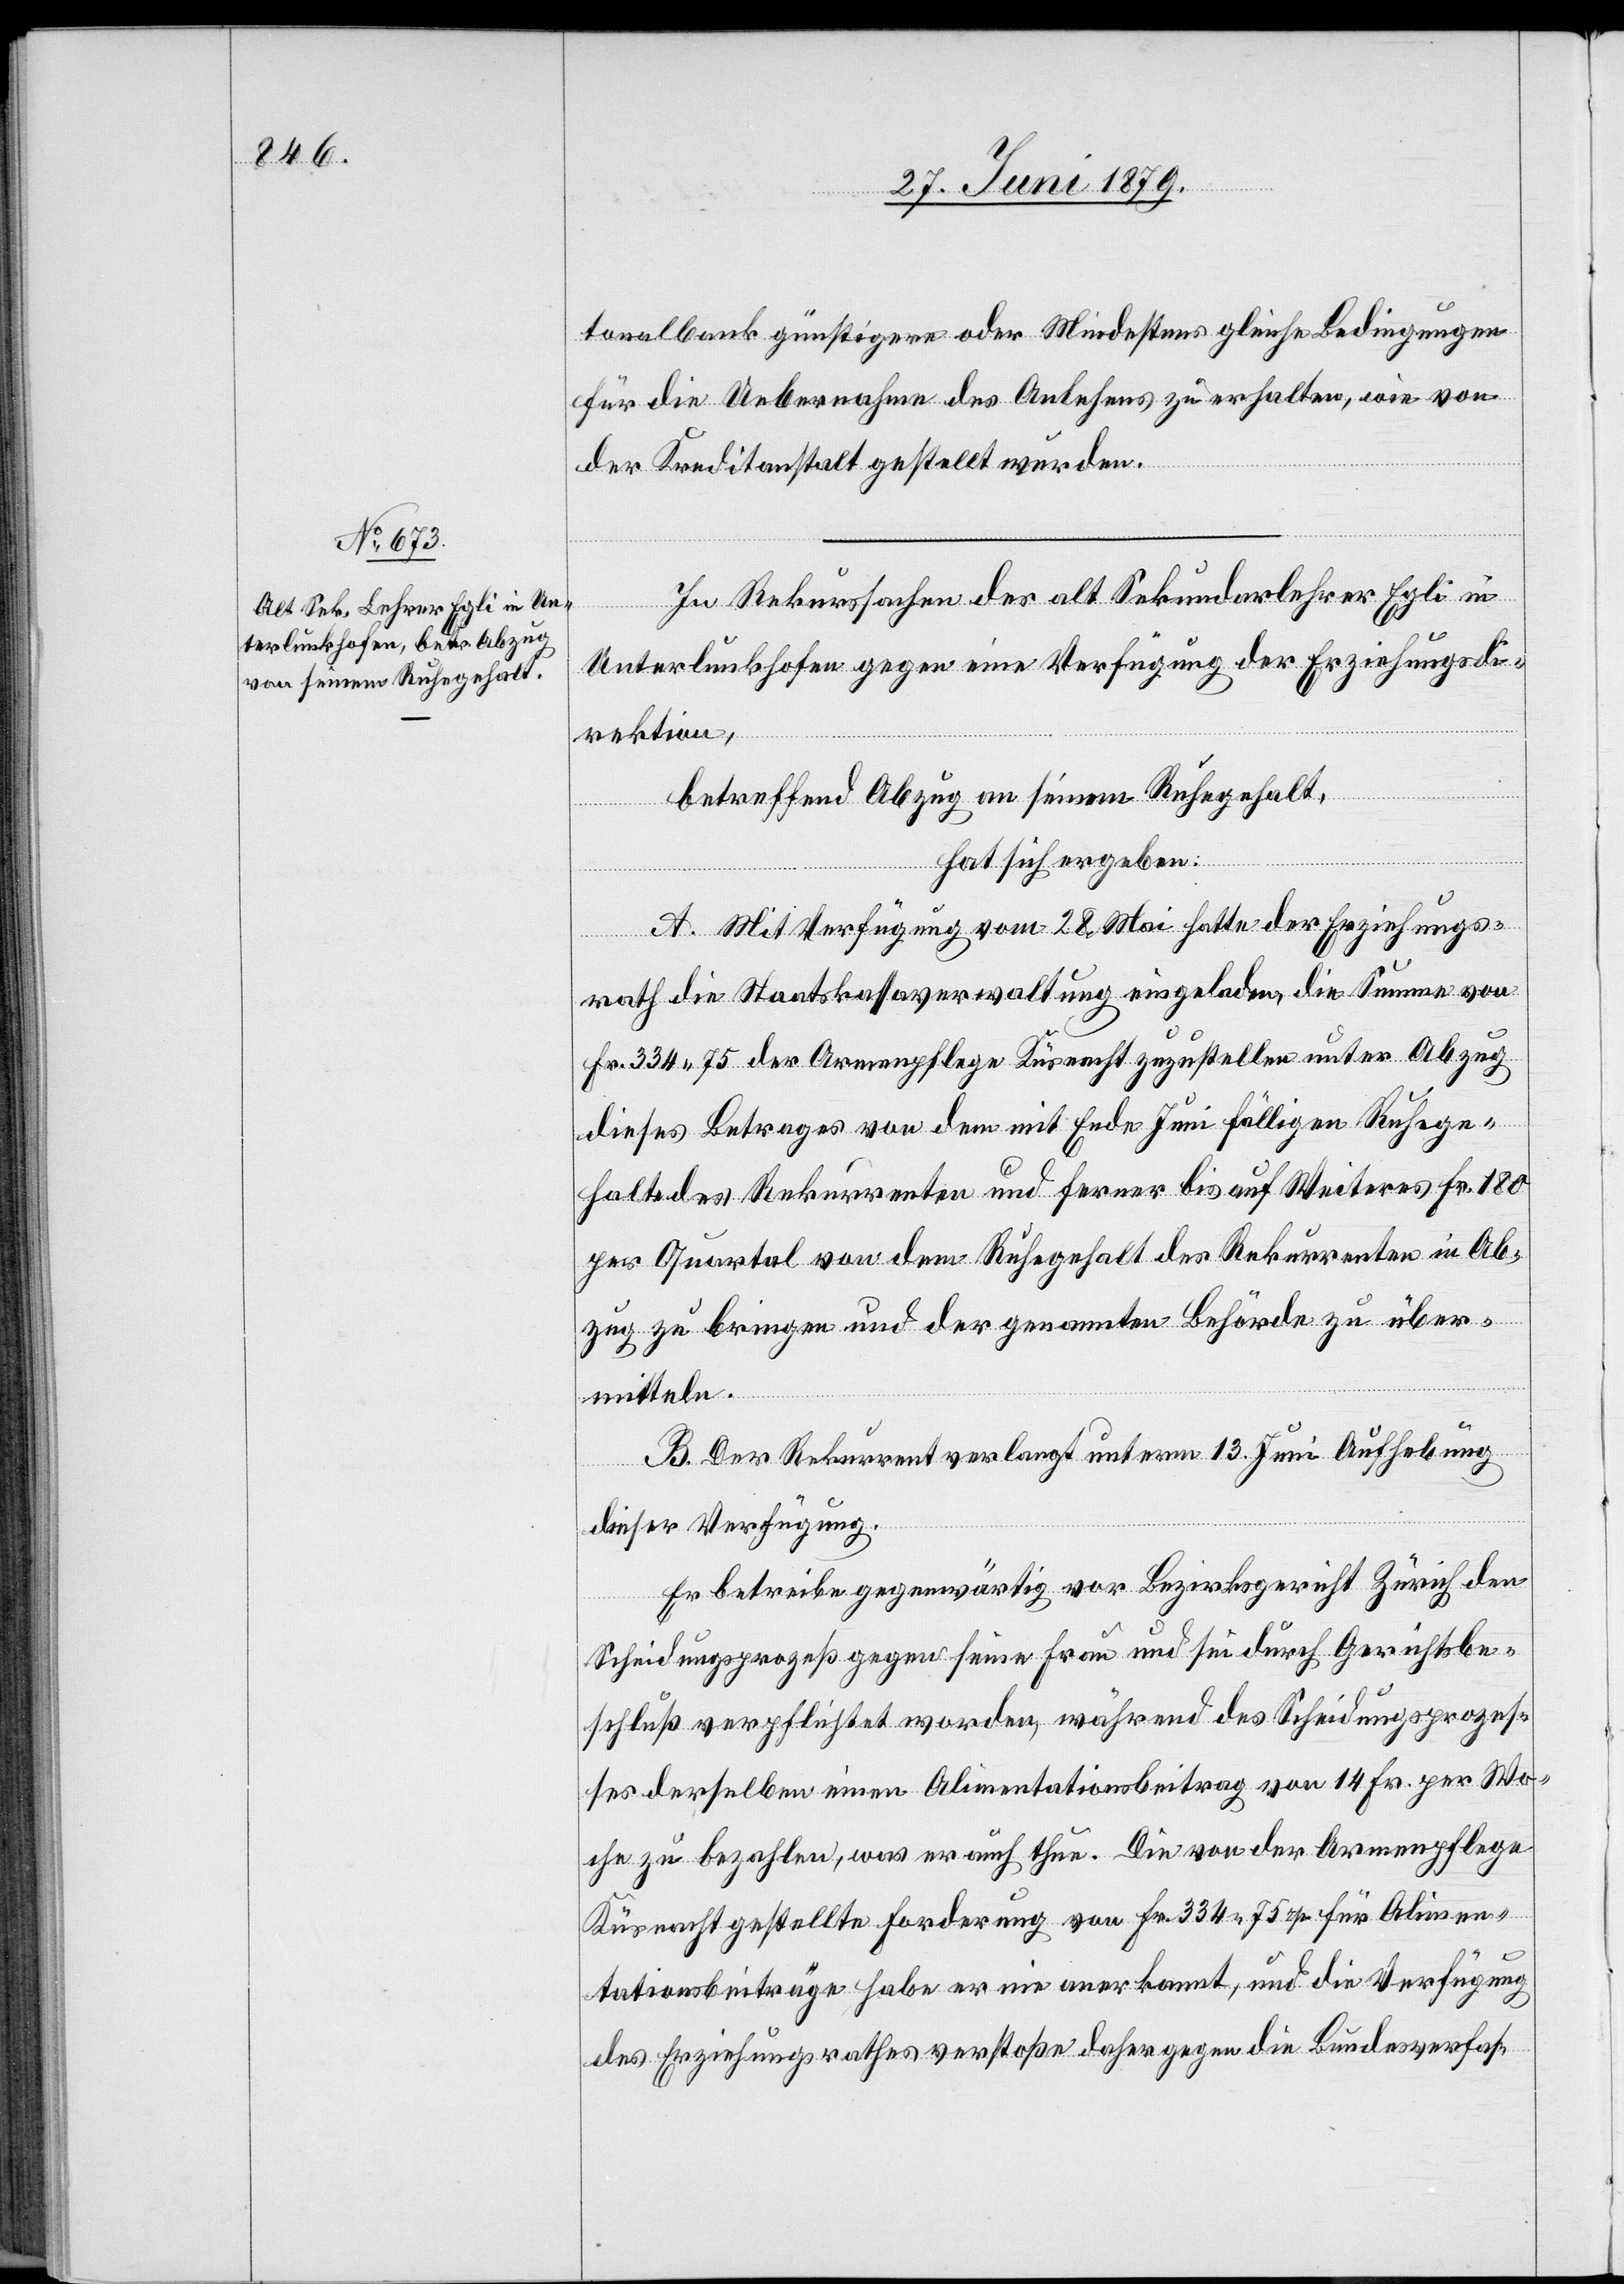
tonalbank günstigere oder Mindestens [sic!] gleiche Bedingungen
für die Uebernahme des Anlehens zu erhalten, wie von
der Kreditanstalt gestellt wurden.
In Rekurssachen des alt Sekundarlehrer Egli in
Unterlunkhofen gegen eine Verfügung der Erziehungsdi¬
rektion,
betreffend Abzug an seinem Ruhegehalt,
hat sich ergeben:
A. Mit Verfügung vom 28. Mai hatte der Erziehungs¬
rath die Staatskassaverwaltung eingeladen, die Summe von
Fr. 334 75 der Armenpflege Küsnacht zuzustellen unter Abzug
dieses Betrages von dem mit Ende Juni fälligen Ruhege¬
halte des Rekurrenten und ferner bis auf Weiteres Fr. 180
per Quartal von dem Ruhegehalt des Rekurrenten in Ab¬
zug zu bringen und der genannten Behörde zu über¬
mitteln.
B. Der Rekurrent verlangt unterm 13. Juni Aufhebung
dieser Verfügung.
Er betreibe gegenwärtig vor Bezirksgericht Zürich den
Scheidungsprozeß gegen seine Frau und sei durch Gerichtsbe¬
schluß verpflichtet worden, während des Scheidungsprozes¬
ses derselben einen Alimentationsbeitrag von 14 Fr. per Wo¬
che zu bezahlen, was er auch thue. Die von der Armenpflege
Küsnacht gestellte Forderung von Fr. 334 75 rp. für Alimen¬
tationsbeiträge habe er nie anerkannt, und die Verfügung
des Erziehungsrathes verstoße daher gegen die Bundesverfas-